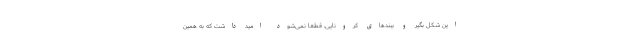
این شکل بگیر و ببندهای کرونایی، قطعا نمی‌شود امید داشت که به همین